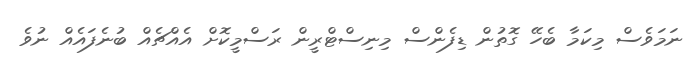
ނަމަވެސް މިކަމާ ބެހޭ ގޮތުން ޑިފެންސް މިނިސްޓްރީން ރަސްމީކޮށް އެއްޗެއް ބުނެފައެއް ނުވެ